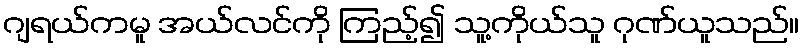
ဂျရယ်ကမူ အယ်လင်ကို ကြည့်၍ သူ့ကိုယ်သူ ဂုဏ်ယူသည်။